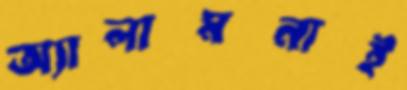
অ্যালামনাই